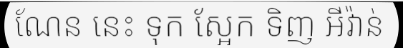
ណែន នេះ ទុក ស្អែក ទិញ អីវ៉ាន់